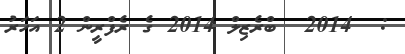
:  2014  ބްރެޒިލް 2014 ގެ ރެފްރީން 2 އަހަރު